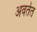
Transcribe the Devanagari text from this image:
अवर्तत